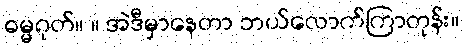
ဓမ္မဂုတ်။ ။ အဲဒီမှာနေတာ ဘယ်လောက်ကြာတုန်း။